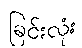
ခြင်းလုံး